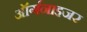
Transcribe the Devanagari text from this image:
ऑर्गनाइजर